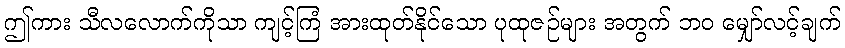
ဤကား သီလလောက်ကိုသာ ကျင့်ကြံ အားထုတ်နိုင်သော ပုထုဇဉ်များ အတွက် ဘဝ မျှော်လင့်ချက်